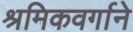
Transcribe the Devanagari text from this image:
श्रमिकवर्गाने